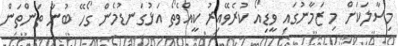
މިސާލަކަށް މި ޒަމާނުގައި ވީޑިއޯ ކުރެވޭއިރު ކީއްވެތޯ އަޅުގަނޑުމެން ގޯހޭ ބުނާ ތަންތަން